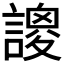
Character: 𧫝